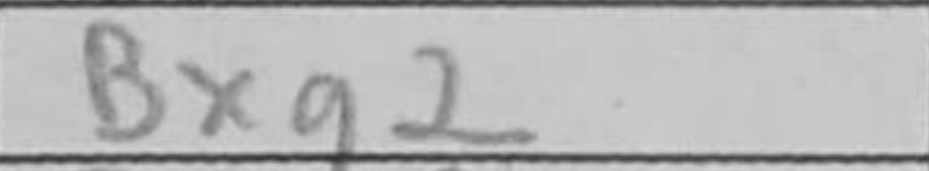
Transcription: Bxg2